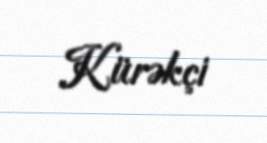
Kürəkçi